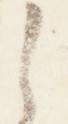
之